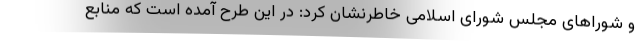
و شوراهای مجلس شورای اسلامی خاطرنشان کرد: در این طرح آمده است که منابع